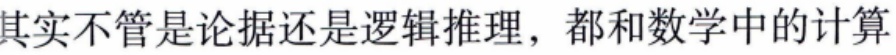
其实不管是论据还是逻辑推理，都和数学中的计算